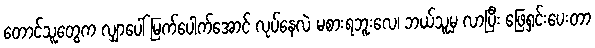
တောင်သူတွေက လျှာပေါ် မြက်ပေါက်အောင် လုပ်နေလဲ မစားရဘူးလေ၊ ဘယ်သူမှ လာပြီး ဖြေရှင်းပေးတာ